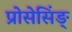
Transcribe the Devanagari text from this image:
प्रोसेसिंङ्